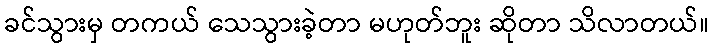
ခင်သွားမှ တကယ် သေသွားခဲ့တာ မဟုတ်ဘူး ဆိုတာ သိလာတယ်။